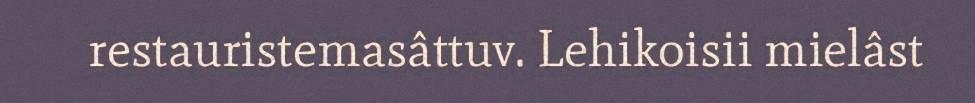
restauristemasâttuv. Lehikoisii mielâst